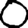
Digit: 0